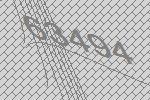
63494